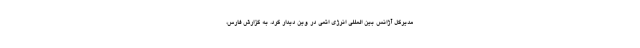
مدیرکل آژانس بین المللی انرژی اتمی در وین دیدار کرد. به گزارش فارس،